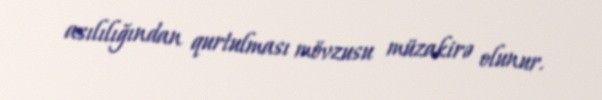
asılılığından qurtulması mövzusu müzakirə olunur.